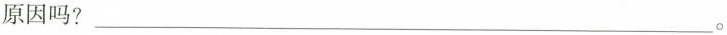
原因吗?___。